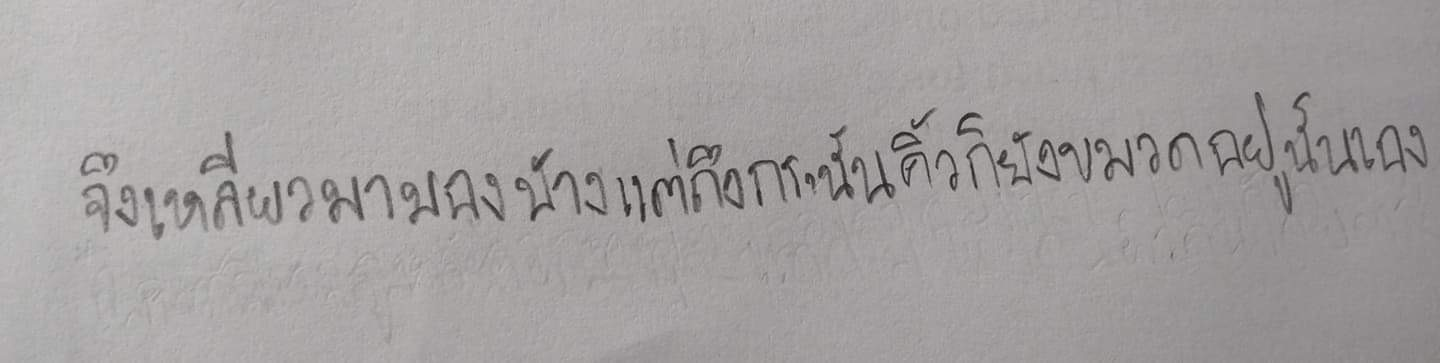
จึงเหลียวมามองบ้างแต่ถึงกระนั้นคิ้วก็ยังขมวดอยู่นั่นเอง